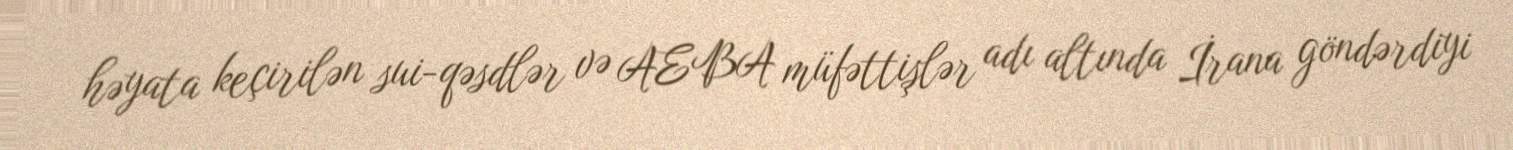
həyata keçirilən sui-qəsdlər və AEBA müfəttişlər adı altında İrana göndərdiyi